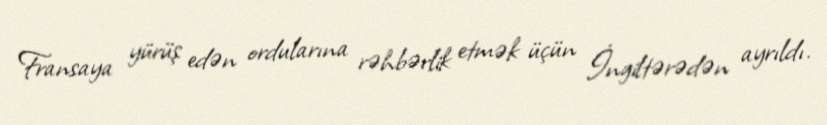
Fransaya yürüş edən ordularına rəhbərlik etmək üçün İngiltərədən ayrıldı.